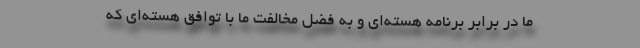
ما در برابر برنامه هسته‌ای و به فضل مخالفت ما با توافق هسته‌ای که